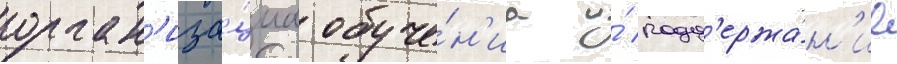
орган'иза́циа обуче́н'иа и́ подд'ержа́н'ие